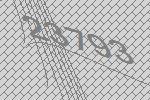
23793